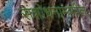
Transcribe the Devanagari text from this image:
संशोधनामागील